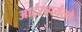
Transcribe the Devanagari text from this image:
आर्ट्‌सपर्यंतचे